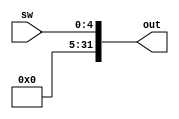
module in_port (
	sw,out);

	input [4:0] sw;
	output [31:0] out;

	assign out = {27'h0,sw};
	
endmodule